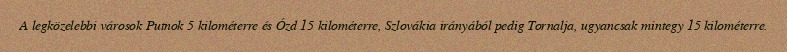
A legközelebbi városok Putnok 5 kilométerre és Ózd 15 kilométerre, Szlovákia irányából pedig Tornalja, ugyancsak mintegy 15 kilométerre.